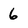
Character: 6